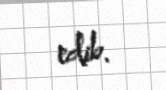
edib.